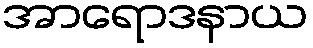
အာရောဒနာယ